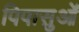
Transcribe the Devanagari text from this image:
पिपासुओं